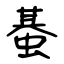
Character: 蜝